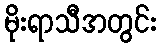
မိုးရာသီအတွင်း